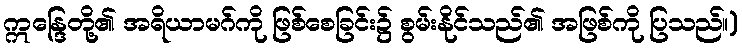
ဣန္ဒြေတို့၏ အရိယာမဂ်ကို ဖြစ်စေခြင်း၌ စွမ်းနိုင်သည်၏ အဖြစ်ကို ပြသည်။)